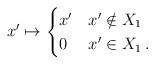
LaTeX: \begin{align*} x'\mapsto \begin{cases} x' & x'\notin X_1\\ 0 & x'\in X_1\,. \end{cases} \end{align*}